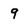
Character: 9